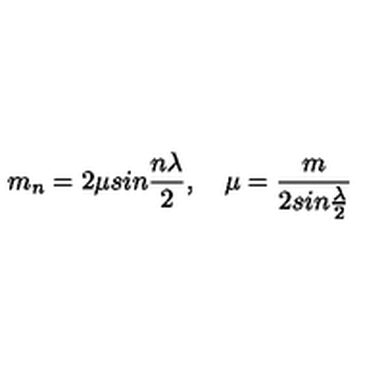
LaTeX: m _ { n } = 2 \mu s i n \frac { n \lambda } { 2 } , \quad \mu = \frac { m } { 2 s i n \frac { \lambda } { 2 } }